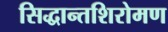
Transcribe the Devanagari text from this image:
सिद्धान्तशिरोमण